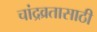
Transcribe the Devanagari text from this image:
चांद्रव्रतासाठी